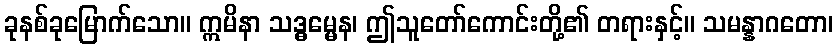
ခုနစ်ခုမြောက်သော။ ဣမိနာ သဒ္ဓမ္မေန၊ ဤသူတော်ကောင်းတို့၏ တရားနှင့်။ သမန္နာဂတော၊